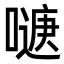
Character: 𭊹